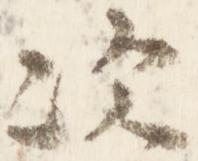
次